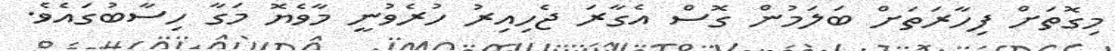
މިގޮތަށް ފިހާރަތަށް ބަލަމުން ގޮސް އެގާރަ ޖެހިއިރު ހުރެވުނީ މާވެޔޮ މަގާ ހިސާބުގައެވެ.